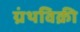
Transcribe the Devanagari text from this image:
ग्रंथविक्री